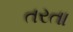
તરતા